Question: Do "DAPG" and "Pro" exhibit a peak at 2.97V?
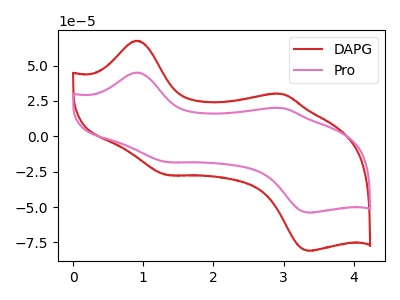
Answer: <think>The red curve "DAPG" has anodic peaks at (0.90V, 67.55uA) (2.95V, 29.95uA) and cathodic peaks at (1.35V, -27.30uA) (3.35V, -80.95uA). The pink curve "Pro" has anodic peaks at (0.90V, 45.05uA) (2.95V, 20.00uA) and cathodic peaks at (1.35V, -18.20uA) (3.35V, -53.95uA).</think>
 <answer>Yes, "DAPG" and "Pro" share a peak at 2.97V.</answer>
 <eval>match</eval>